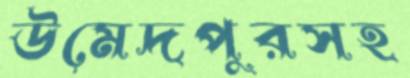
উমেদপুরসহ